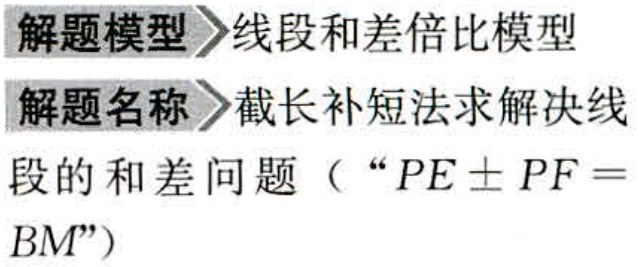
解题模型>线段和差倍比模型

解题名称>截长补短法求解决线段的和差问题（“\(PE\pm PF = BM\)”）